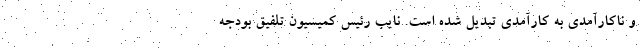
و ناکارآمدی به کارآمدی تبدیل شده است. نایب رئیس کمیسیون تلفیق بودجه